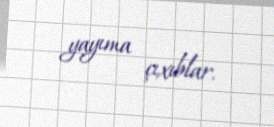
yayıma çıxıblar.